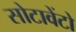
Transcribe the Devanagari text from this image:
सोटावेंटो